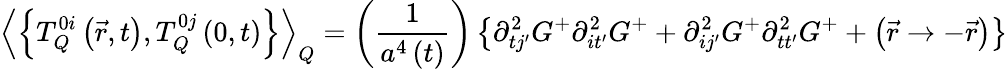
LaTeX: \left\langle\left\{ T_{Q}^{0i}\left(\vec{r},t\right),T_{Q}^{0j}\left(0,t\right)\right\} \right\rangle_{Q}=\left(\frac{1}{a^{4}\left(t\right)}\right)\left\{ \partial_{tj^{\prime}}^{2}G^{+}\partial_{it^{\prime}}^{2}G^{+}+\partial_{ij^{\prime}}^{2}G^{+}\partial_{tt^{\prime}}^{2}G^{+}+\left(\vec{r}\rightarrow-\vec{r}\right)\right\}